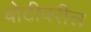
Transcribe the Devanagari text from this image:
बोटीवरील